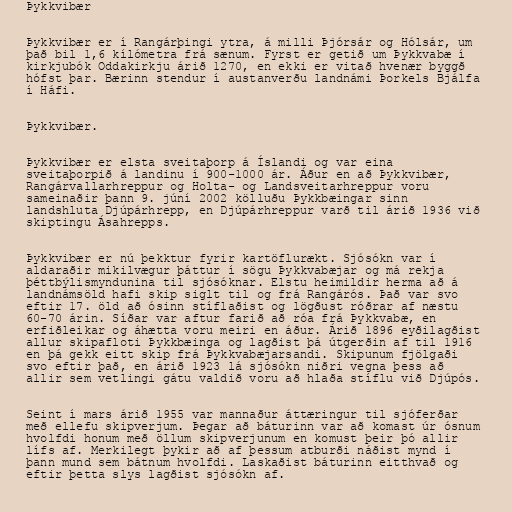
Þykkvibær

Þykkvibær er í Rangárþingi ytra, á milli Þjórsár og Hólsár, um
það bil 1,6 kílómetra frá sænum. Fyrst er getið um Þykkvabæ í
kirkjubók Oddakirkju árið 1270, en ekki er vitað hvenær byggð
hófst þar. Bærinn stendur í austanverðu landnámi Þorkels Bjálfa
í Háfi.

Þykkvibær.

Þykkvibær er elsta sveitaþorp á Íslandi og var eina
sveitaþorpið á landinu í 900-1000 ár. Áður en að Þykkvibær,
Rangárvallarhreppur og Holta- og Landsveitarhreppur voru
sameinaðir þann 9. júní 2002 kölluðu Þykkbæingar sinn
landshluta Djúpárhrepp, en Djúpárhreppur varð til árið 1936 við
skiptingu Ásahrepps.

Þykkvibær er nú þekktur fyrir kartöflurækt. Sjósókn var í
aldaraðir mikilvægur þáttur í sögu Þykkvabæjar og má rekja
þéttbýlismyndunina til sjósóknar. Elstu heimildir herma að á
landnámsöld hafi skip siglt til og frá Rangárós. Það var svo
eftir 17. öld að ósinn stíflaðist og lögðust róðrar af næstu
60-70 árin. Síðar var aftur farið að róa frá Þykkvabæ, en
erfiðleikar og áhætta voru meiri en áður. Árið 1896 eyðilagðist
allur skipafloti Þykkbæinga og lagðist þá útgerðin af til 1916
en þá gekk eitt skip frá Þykkvabæjarsandi. Skipunum fjölgaði
svo eftir það, en árið 1923 lá sjósókn niðri vegna þess að
allir sem vetlingi gátu valdið voru að hlaða stíflu við Djúpós.

Seint í mars árið 1955 var mannaður áttæringur til sjóferðar
með ellefu skipverjum. Þegar að báturinn var að komast úr ósnum
hvolfdi honum með öllum skipverjunum en komust þeir þó allir
lífs af. Merkilegt þykir að af þessum atburði náðist mynd í
þann mund sem bátnum hvolfdi. Laskaðist báturinn eitthvað og
eftir þetta slys lagðist sjósókn af.